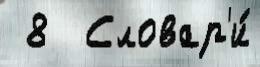
 8  Словар'и́